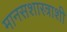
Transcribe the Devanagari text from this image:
मानसशास्त्राशी